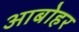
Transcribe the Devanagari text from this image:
आबोहर